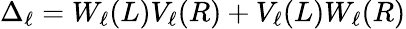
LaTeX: \Delta_{\ell}=W_{\ell}(L)V_{\ell}(R)+V_{\ell}(L)W_{\ell}(R)